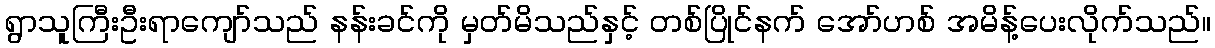
ရွာသူကြီးဦးရာကျော်သည် နန်းခင်ကို မှတ်မိသည်နှင့် တစ်ပြိုင်နက် အော်ဟစ် အမိန့်ပေးလိုက်သည်။